Annual returns of the Patna Lunatic Asylum at Bankipore in Bihar and Orissa - 1912-1924
Year: 1912
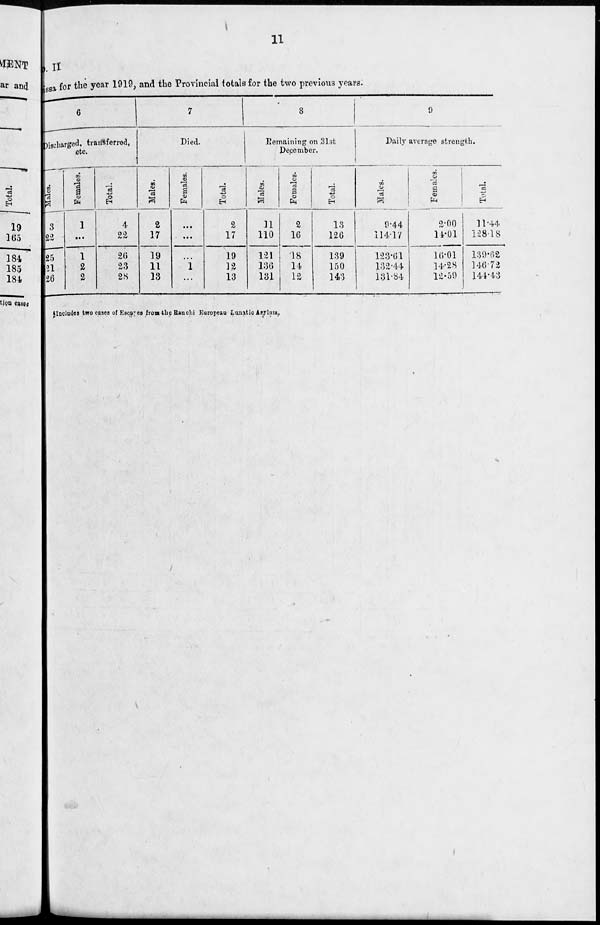
11
No. II
Orissa
for the year 1919, and the Provincial totals for the two previous years.
6
Discharged, transferred,
etc.
Males.
3
22
25
§21
26
Females.
1
...
1
2
2
Total.
4
22
26
23
28
7
Died.
Males.
2
17
19
11
13
Females.
...
...
...
1
...
Total.
2
17
19
12
13
8
Remaining on 31st
December.
Males.
11
110
121
136
131
Females.
2
16
18
14
12
Total.
13
126
139
150
143
9
Daily average strength.
Males.
9.44
114.17
123.61
132.44
131.84
Females.
2.00
14.01
16.01
14.28
12.59
Total.
11.44
128.18
139.62
146.72
144.43
§Includes two cases of Escapes from the Ranchi European Lunatic Asylum.